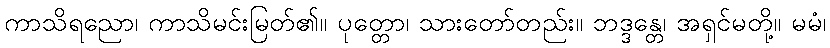
ကာသိရညော၊ ကာသိမင်းမြတ်၏။ ပုတ္တော၊ သားတော်တည်း။ ဘဒ္ဒန္တေ၊ အရှင်မတို့။ မမံ၊